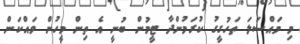
މި މައްސަލަ ތަހުގީގު ކުރަމުންދާ ޓީމުން ބުނީ އެ ތިން މީހުން ވައްކަން